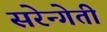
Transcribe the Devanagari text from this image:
सरेन्गेती